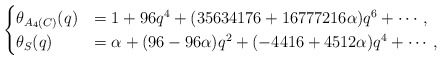
\begin{align*}\begin{cases}\theta_{A_4(C)}(q) &=1 + 96 q^4 + (35634176 + 16777216 \alpha)q^6 + \cdots, \\\theta_{S}(q) &=\alpha + (96 - 96 \alpha )q^2 +(- 4416 + 4512 \alpha) q^4 + \cdots,\end{cases}\end{align*}